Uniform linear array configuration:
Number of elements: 48
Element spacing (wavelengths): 1
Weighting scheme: blackman
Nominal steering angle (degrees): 30
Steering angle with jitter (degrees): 30.94
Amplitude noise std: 0.05
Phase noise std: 0.05

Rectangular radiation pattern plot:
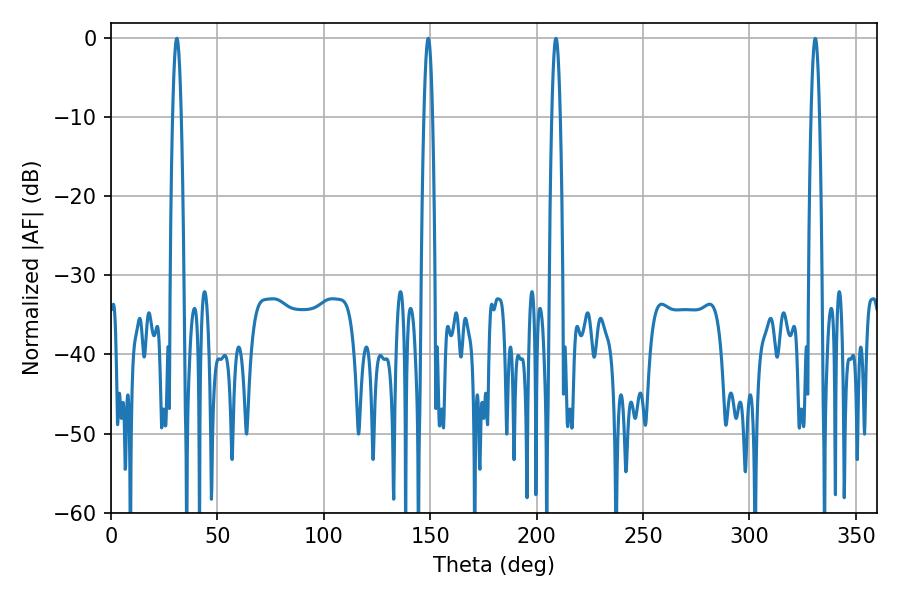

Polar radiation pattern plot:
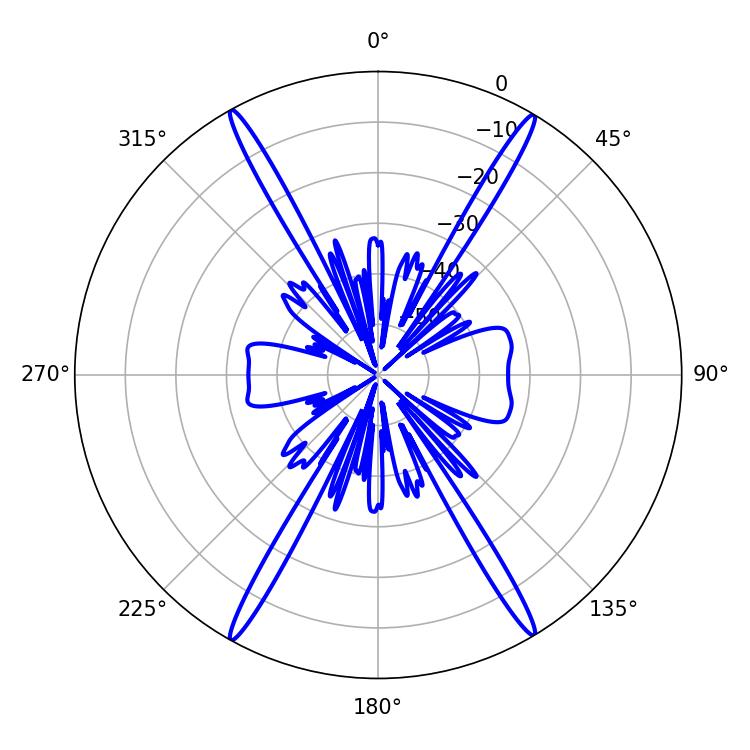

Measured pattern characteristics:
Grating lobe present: TRUE
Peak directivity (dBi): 27.83
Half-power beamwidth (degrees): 2.16
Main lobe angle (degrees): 149.04